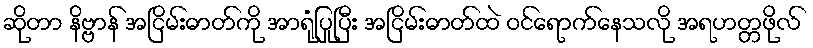
ဆိုတာ နိဗ္ဗာန် အငြိမ်းဓာတ်ကို အာရုံပြုပြီး အငြိမ်းဓာတ်ထဲ ဝင်ရောက်နေသလို အရဟတ္တဖိုလ်